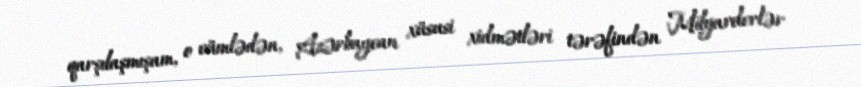
qarşılaşmışam, o cümlədən, Azərbaycan xüsusi xidmətləri tərəfindən Milyarderlər